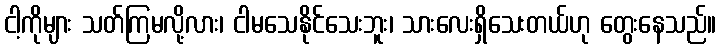
ငါ့ကိုများ သတ်ကြမလို့လား၊ ငါမသေနိုင်သေးဘူး၊ သားလေးရှိသေးတယ်ဟု တွေးနေသည်။